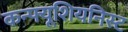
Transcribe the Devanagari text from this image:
कन्फ्यूशियनिस्ट